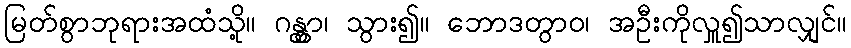
မြတ်စွာဘုရားအထံသို့။ ဂန္တွာ၊ သွား၍။ ဘောဒတွာဝ၊ အဦးကိုလှူ၍သာလျှင်။